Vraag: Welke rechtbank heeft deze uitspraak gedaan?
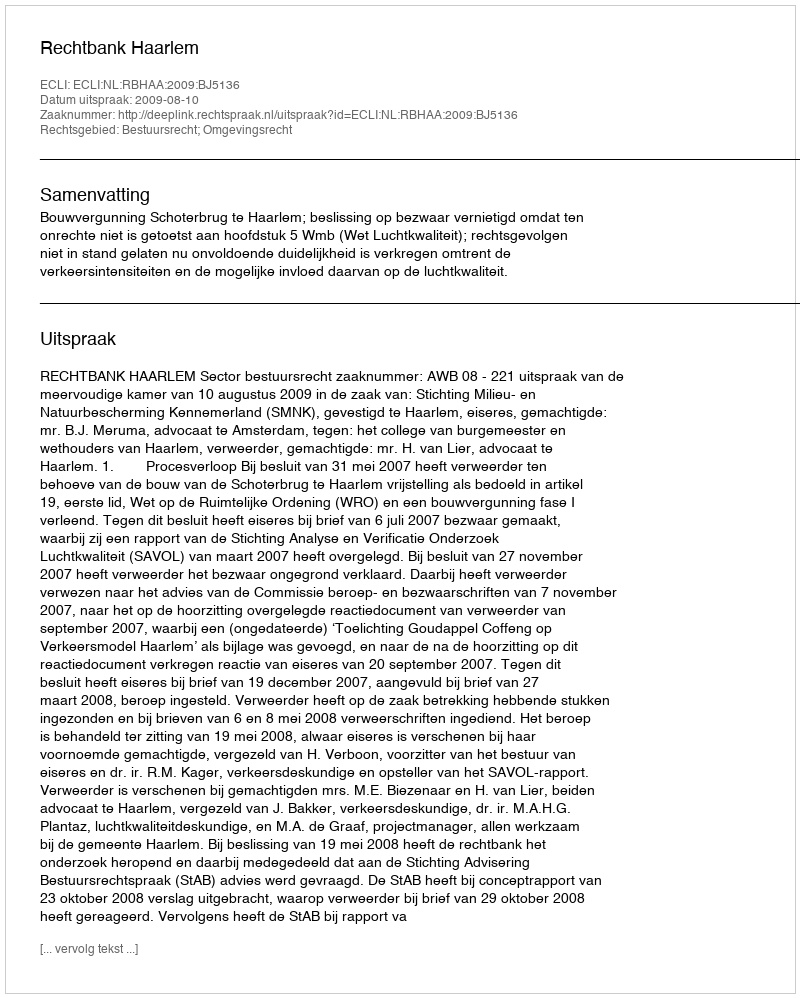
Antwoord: Rechtbank Haarlem